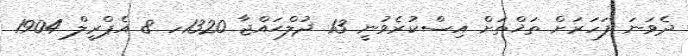
ދެވަނަ ފަހަރަށް ތަޚްތަށް އިސްކުރެވުނީ 13 ޛުލްޙައްޖާ 1320ހ 8 އެޕްރީލް 1904